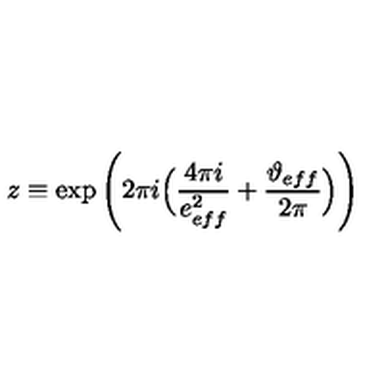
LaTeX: z \equiv \exp \Bigg ( 2 \pi i \Big ( \frac { 4 \pi i } { e _ { e f f } ^ { 2 } } + \frac { \vartheta _ { e f f } } { 2 \pi } \Big ) \Bigg )